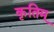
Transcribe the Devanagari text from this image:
कृतिम्